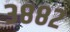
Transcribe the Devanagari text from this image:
३८८२